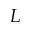
L